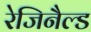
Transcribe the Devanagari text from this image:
रेजिनैल्ड